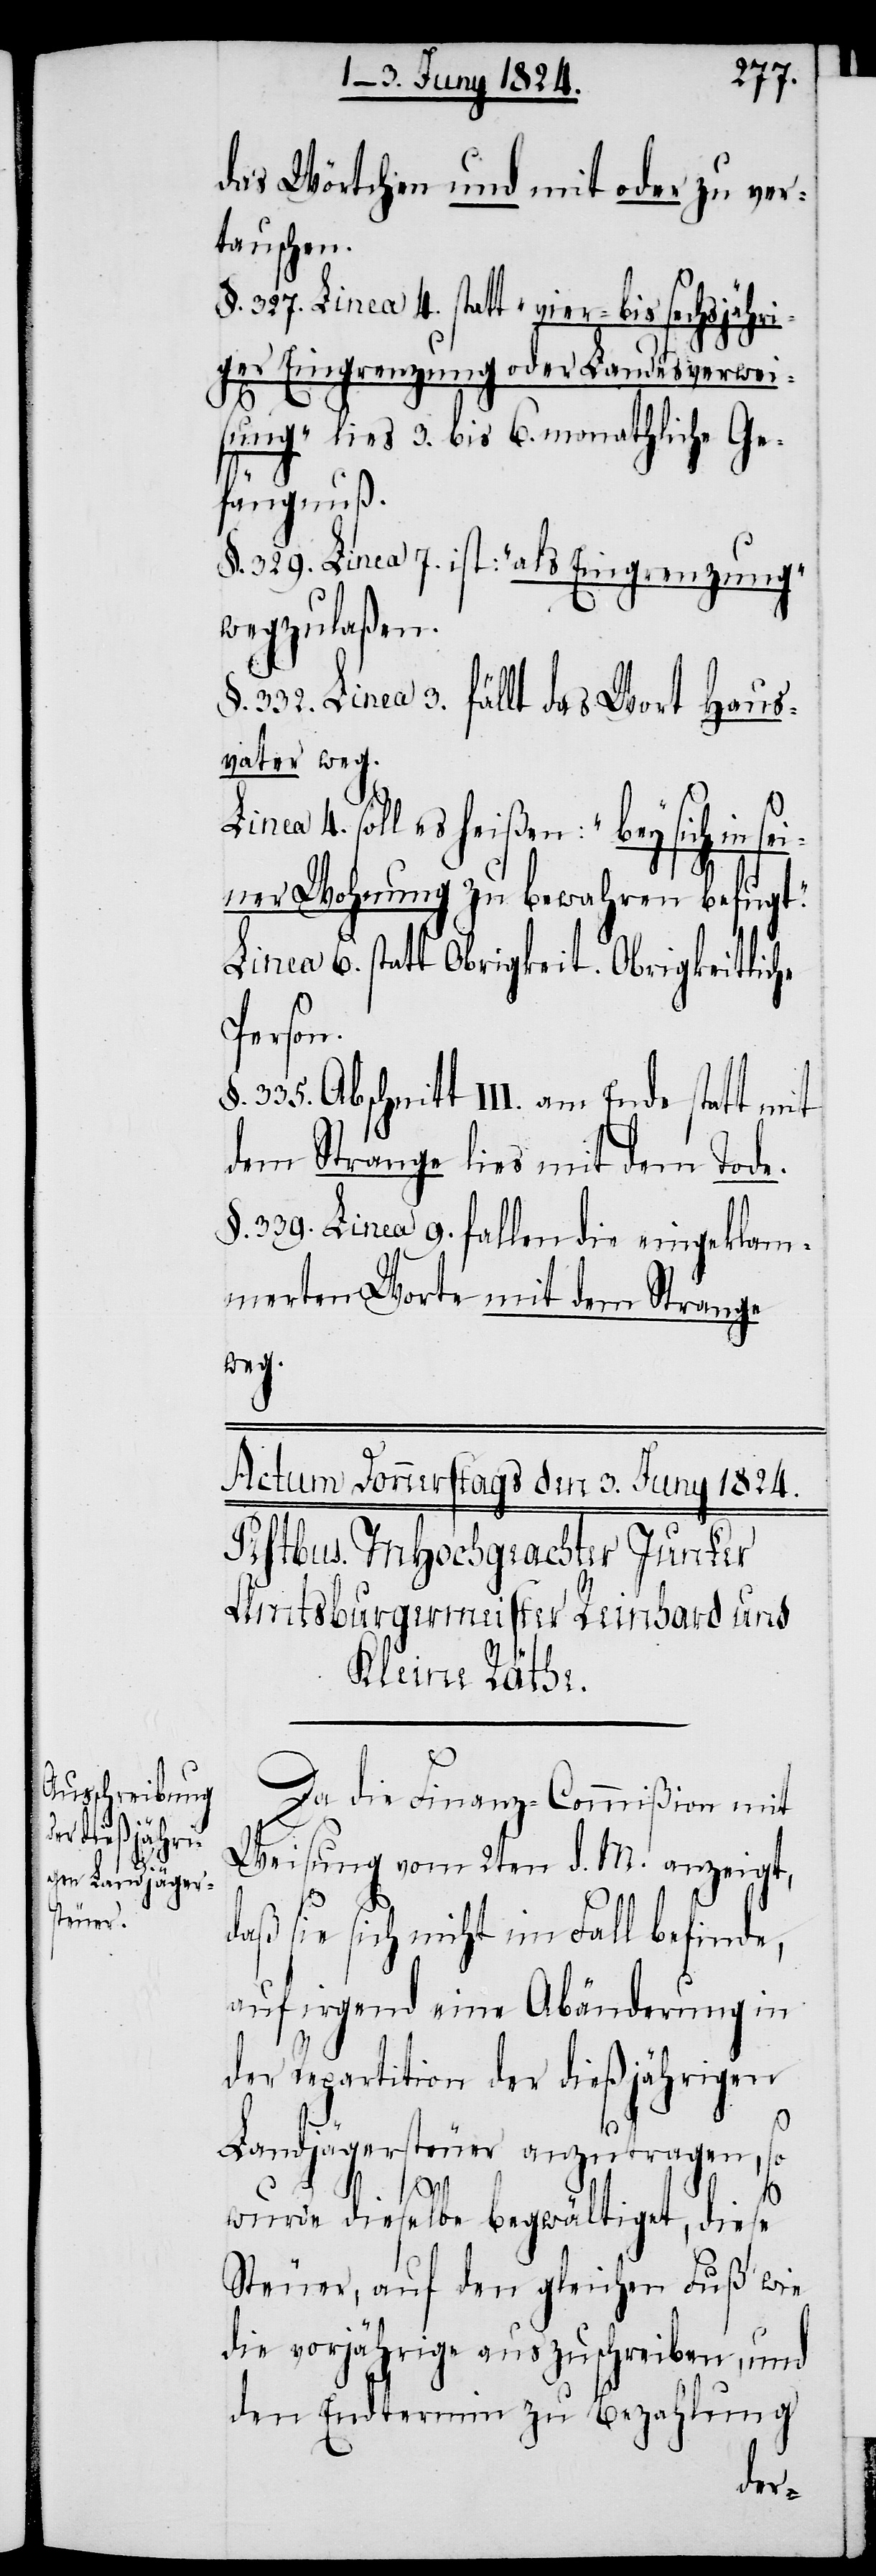
das Wörtchen und mit oder zu ver¬
tauschen.
§. 327. Linea 4. statt „vier- bis sechsjähri¬
ger Eingrenzung oder Landesverwei¬
sung“ lies 3. bis 6. monathliche Ge¬
fängnuß.
§. 329. Linea 7. ist: „als Eingrenzung“
wegzulaßen.
§. 332. Linea 3. fällt das Wort Haus¬
vater weg.
Linea 4. soll es heißen: „bey sich in se¬
iner Wohnung zu bewahren befugt“.
Linea 6. statt Obrigkeit. Obrigkeitliche
Person.
§. 335. Abschnitt III. am Ende statt mit
dem Strange lies mit dem Tode.
§. 339. Linea 9. fallen die eingeklam¬
merten Worte mit dem Strange
weg.
Da die Finanz-Commißion mit
Weisung vom 2ten d. M. anzeigt,
daß sie sich nicht im Fall befinde,
auf irgend eine Abänderung in
der Repartition der dießjährigen
Landjägersteuer anzutragen, so
wurde dieselbe begwältiget, diese
Steuer, auf den gleichen Fuß wie
die vorjährige auszuschreiben, und
den Endtermin zu Bezahlung